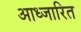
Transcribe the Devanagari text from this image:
आध्जारित